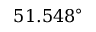
5 1 . 5 4 8 ^ { \circ }